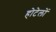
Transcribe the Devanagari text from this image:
होटेलों